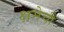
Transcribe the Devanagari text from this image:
क्षमेची